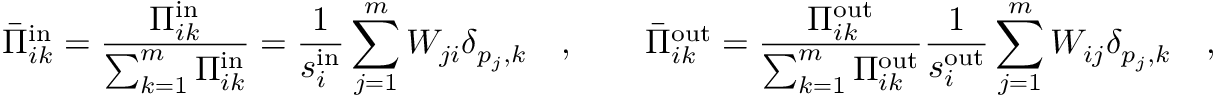
\bar { \Pi } _ { i k } ^ { \mathrm { i n } } = \frac { \Pi _ { i k } ^ { \mathrm { i n } } } { \sum _ { k = 1 } ^ { m } \Pi _ { i k } ^ { \mathrm { i n } } } = \frac { 1 } { s _ { i } ^ { \mathrm { i n } } } \sum _ { j = 1 } ^ { m } W _ { j i } \delta _ { p _ { j } , k } \quad , \qquad \bar { \Pi } _ { i k } ^ { \mathrm { o u t } } = \frac { \Pi _ { i k } ^ { \mathrm { o u t } } } { \sum _ { k = 1 } ^ { m } \Pi _ { i k } ^ { \mathrm { o u t } } } \frac { 1 } { s _ { i } ^ { \mathrm { o u t } } } \sum _ { j = 1 } ^ { m } W _ { i j } \delta _ { p _ { j } , k } \quad ,